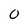
Character: 0